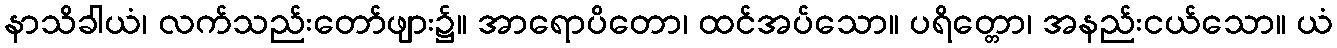
နာသိခါယံ၊ လက်သည်းတော်ဖျား၌။ အာရောပိတော၊ ထင်အပ်သော။ ပရိတ္တော၊ အနည်းငယ်သော။ ယံ